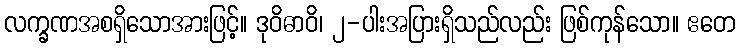
လက္ခဏအစရှိသောအားဖြင့်။ ဒုဝိဓာဝိ၊ ၂-ပါးအပြားရှိသည်လည်း ဖြစ်ကုန်သော။ ဧတေ